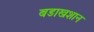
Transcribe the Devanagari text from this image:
बडाखशान